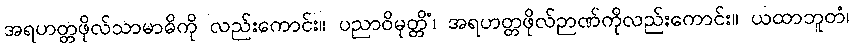
အရဟတ္တဖိုလ်သာမာဓိကို လည်းကောင်း။ ပညာဝိမုတ္တိံ၊ အရဟတ္တဖိုလ်ဉာဏ်ကိုလည်းကောင်း။ ယထာဘူတံ၊